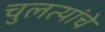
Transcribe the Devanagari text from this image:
चुलत्यांचे